Report on vaccination in Madras 1895-1903 - 1895-1903
Year: 1895
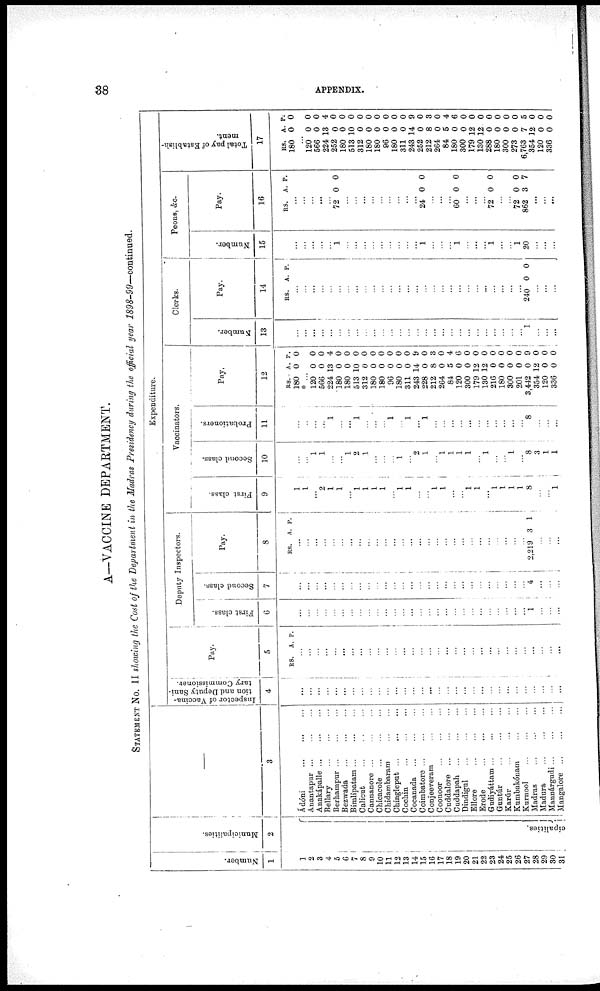
38
APPENDIX.
A—VACCINE DEPARTMENT.
STATEMENT No. II showing the Cost of the Department in the Madras Presidency during the official year 1898-99—continued.
Number.
1
1
2
3
4
6
7
8
9
10
11
12
13
14
15
16
17
18
19
20
21
22
23
24
25
26
27
28
29
30
31
Municipalities.
2
cipalities.
—
3
Adóni
...
...
...
Anantapur
...
...
...
Anakápalle
...
...
...
Bellary
...
...
...
Berhampur
...
...
...
Bezwada
...
...
...
Bimlipatam
...
...
...
Calicut
...
...
...
Cannanore ... ... ...
Chicacole
...
...
...
Chidambaram
...
...
Chingleput
...
...
...
Cochin
...
...
...
Cocanada
...
...
...
Coimbatore
...
...
...
Conjeeveram
...
...
Coonoor
...
...
...
Cuddalore
...
...
...
Cuddapah
...
...
...
Dindigul
...
...
...
Ellore
...
...
...
Erode
...
...
...
Gudiyáttam ... ... ...
Guntúr
...
...
...
Karúr
...
...
...
Kumbakónam
...
...
Kurnool
...
...
...
Madras
...
...
...
Madura
...
...
...
Mannárgudi
...
...
...
Mangalore
...
...
...
Expenditure.
Inspector of Vaccina-
tion and Deputy Sani-
tary Commissioner.
4
...
...
...
...
...
...
...
...
...
...
...
...
...
...
...
...
...
...
...
...
...
...
...
...
...
...
...
...
...
...
...
Pay.
5
RS. A. P.
...
...
...
...
...
...
...
...
...
...
...
...
...
... ...
...
... ...
...
...
...
...
...
...
...
...
...
...
...
...
...
Deputy Inspectors.
First class.
6
...
...
...
...
...
...
...
...
...
...
...
...
...
...
...
...
...
...
...
...
...
...
...
...
...
...
...
1
...
...
...
Second class.
7
...
...
...
...
...
...
...
...
...
...
...
...
...
...
...
...
...
...
...
...
...
...
...
...
...
...
...
4
...
...
...
Pay.
8
RS. A. P.
...
...
...
...
...
...
...
...
...
...
...
...
...
...
...
...
...
...
...
...
...
...
...
...
...
...
...
2,219 3 1
...
...
...
Vaccinators.
First class.
9
1
1
...
2
1
1
...
1
1
1
1
...
1
1
...
...
1
1
...
...
1
1
...
1
1
1
1
8
...
...
1
Second class.
10
...
...
1 1
...
...
1
2
1
...
...
...
1
...
2
1
...
1
1
1
1
...
1
...
...
1
...
8
3
1
1
Probationers.
11
...
...
...
... 1
...
...
1
...
...
...
1
...
1
...
1
...
...
...
...
...
...
...
...
...
...
...
8
...
...
...
Pay.
12
RS.
180
A.
0
P.
0
* ...
120
566
224
180
180
513
312
180
180
96
180
311
243
228
212
264
84
120
300
179
130
216
180
300
201
3,442
354
120
336
0
0
13
0
0
10
0
0
0
0
0
0
14
0
8
0
5
0
0
12
12
0
0
0
0
0
12
0
0
0
0
4
0
0
0
0
0
0
0
0
0
9
0
3
0
4
6
0
0
0
0
0
0
0
9
0
0
0
Clerks.
Number.
13
...
...
...
...
...
...
...
...
...
...
...
...
...
...
...
...
...
...
...
...
...
...
...
...
...
...
...
1
...
...
...
Pay.
14
RS. A. P.
...
...
...
...
...
...
...
...
...
...
...
...
...
...
...
...
...
...
...
...
...
...
...
...
...
...
...
240 0 0
...
...
...
Peons, &c.
Number.
15
...
...
...
...
... 1
...
...
...
...
...
...
...
...
...
1
...
...
...
1
...
...
...
1
...
...
1
20
...
...
...
Pay.
16
RS. A. P.
...
...
...
...
...
72 0 0
...
...
...
...
...
...
...
...
...
24 0 0
...
...
...
60 0 0
...
...
...
72 0 0
...
...
72
862
0
3
0
7
...
...
...
Total pay of Establish-
ment.
17
RS.
180
A.
0
P.
0
...
120
566
224
252
180
513
312
180
180
96
180
311
243
252
212
264
84
180
300
179
130
288
180
300
273
6,763
354
120
336
0
0
13
0
0
10
0
0
0
0
0
0
14
0
8
0
5
0
0
12
12
0
0
0
0
7
12
0
0
0
0
4
0
0
0
0
0
0
0
0
0
9
0
3
0
4
6
0
0
0
0
0
0
0
5
0
0
0